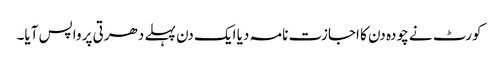
کورٹ نے چودہ دن کا اجازت نامہ دیا ایک دن پہلے دھرتی پر واپس آیا۔